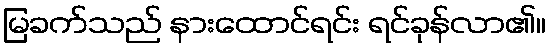
မြခက်သည် နားထောင်ရင်း ရင်ခုန်လာ၏။